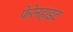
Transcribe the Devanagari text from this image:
फेरेनहाइट